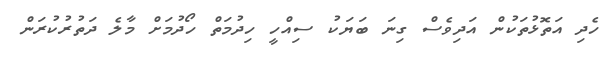
ހެދި އަތޮޅުތަކުން އަދިވެސް ގިނަ ބަޔަކު ސިއްހީ ހިދުމަތް ހޯދުމަށް މާލެ ދަތުރުކުރަން